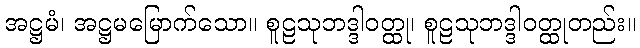
အဋ္ဌမံ၊ အဋ္ဌမမြောက်သော။ စူဠသုဘဒ္ဒါဝတ္ထု၊ စူဠသုဘဒ္ဒါဝတ္ထုတည်း။